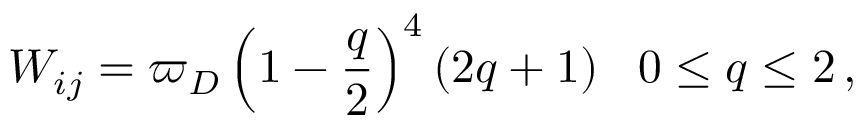
W _ { i j } = \varpi _ { D } \left( 1 - \frac { q } { 2 } \right) ^ { 4 } \left( 2 q + 1 \right) \: \: \: 0 \leq q \leq 2 \, ,